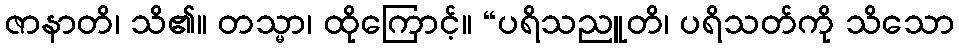
ဇာနာတိ၊ သိ၏။ တသ္မာ၊ ထိုကြောင့်။ “ပရိသညူတိ၊ ပရိသတ်ကို သိသော